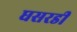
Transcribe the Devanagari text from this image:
घसरडी